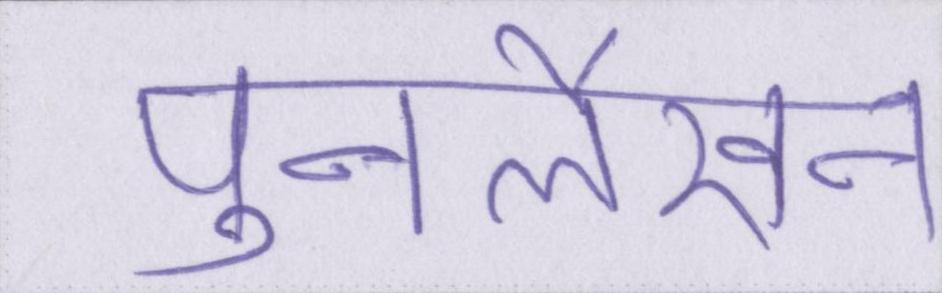
पुनर्लेखन